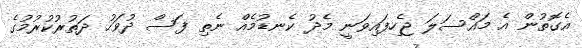
އެގޮތުން އެ މައްސަލަ ޖެހިފައިވަނީ މެދު ކެނޑުމެއް ނެތި ފަސް ދުވަހު ދަތުރުކުރުމުގެ